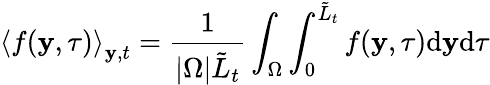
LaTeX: \left\langle f(\mathbf{y},\tau)\right\rangle_{\mathbf{y},t}=\frac{1}{|\Omega|\tilde{L}_{t}}\int_{\Omega}^{}\int_{0}^{\tilde{L}_{t}}f(\mathbf{y},\tau)\mathrm{d}\mathbf{y}\mathrm{d}\tau